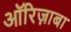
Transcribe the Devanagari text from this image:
ऑरिज़ाबा